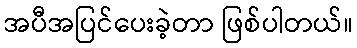
အပီအပြင်ပေးခဲ့တာ ဖြစ်ပါတယ်။